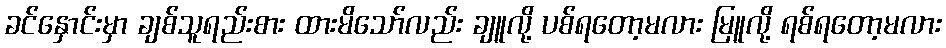
ခင်နှောင်းမှာ ချစ်သူရည်းစား ထားမိသော်လည်း ချူလို့ ပစ်ရတော့မလား မြူလို့ ရစ်ရတော့မလား